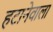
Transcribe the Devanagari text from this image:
हटानेवाला